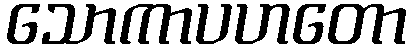
သောကာပဟတော